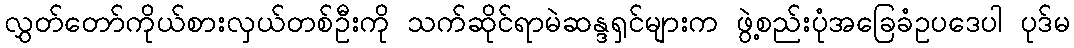
လွှတ်တော်ကိုယ်စားလှယ်တစ်ဦးကို သက်ဆိုင်ရာမဲဆန္ဒရှင်များက ဖွဲ့စည်းပုံအခြေခံဥပဒေပါ ပုဒ်မ